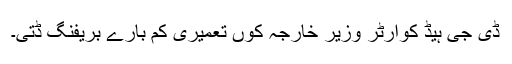
ڈی جی ہیڈ کوارٹر وزیر خارجہ کوں تعمیری کم بارے بریفنگ ڈتی۔